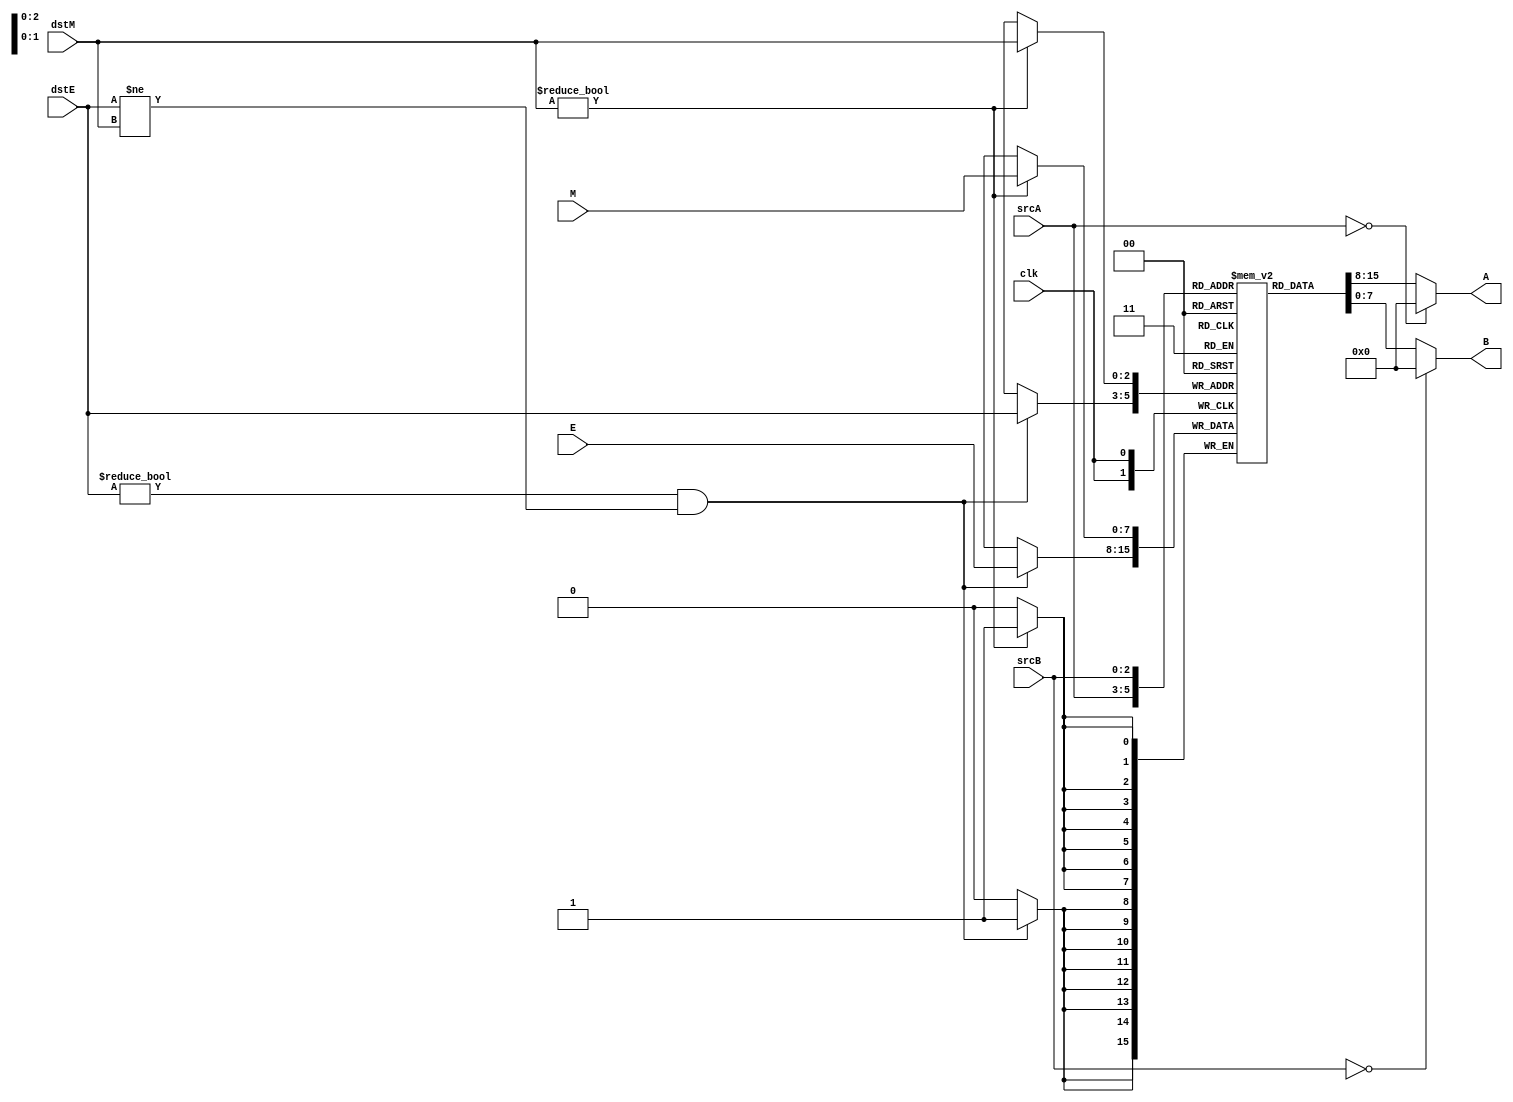
module REGFILE(
	input wire [2:0] srcA, //A, B
	input wire [2:0] srcB, //83[2:0]
	output wire [7:0] A, //8AB
	output wire [7:0] B,
	input wire [2:0] dstM, //8ME
	input wire [2:0] dstE, //dst
	input wire [7:0] M,
	input wire [7:0] E,
	input wire clk
); //

	reg [7:0] rf [0:7];
	//assign
	assign A = (srcA==3'b000)? 8'h00 : rf[srcA];  //srcA0
	assign B = (srcB==3'o0)? 8'h00 : rf[srcB]; //

	//<==
	always @(posedge clk) begin
		if(dstM!=3'o0) 
            rf[dstM] <= M;
		if(dstE!=3'o0 && dstE!=dstM) //(POP)M(EXP)
            rf[dstE] <= E;
	end
endmodule